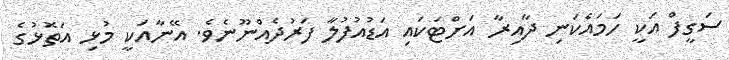
ސަގީފް އަކީ ހަމައެކަނި ދާއިރާ އަށްޓަކައި އަޑުއުފުލާ ފަރުދެއްނޫނެވެ. އޭނާއަކީ މުޅި އަތޮޅުގެ